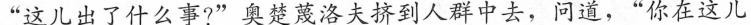
“这儿出了什么事?”奥楚蔑洛夫挤到人群中去，问道，“你在这儿